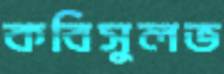
কবিসুলভ